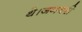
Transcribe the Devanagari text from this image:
थे।जनवरी